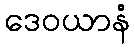
ဒေဝယာနံ